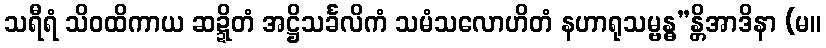
သရီရံ သိဝထိကာယ ဆဍ္ဍိတံ အဋ္ဌိသင်္ခလိကံ သမံသလောဟိတံ နဟာရုသမ္ဗန္ဓ”န္တိအာဒိနာ (မ။